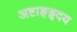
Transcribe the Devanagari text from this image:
अष्टाङ्गहृदय